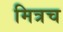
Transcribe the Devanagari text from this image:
मित्रच